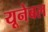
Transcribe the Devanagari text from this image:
यूनेबल